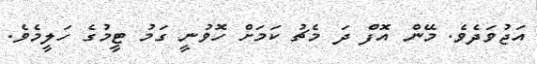
އަޖުވަދެވެ. މޭން އޮފް ދަ މެޗު ކަމަށް ހޮވުނީ ގަމު ޓީމުގެ ހަލީމެވެ.